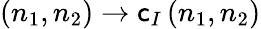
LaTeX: (n_{1},n_{2})\rightarrow\mathsf{c}_{I}\, (n_{1},n_{2})